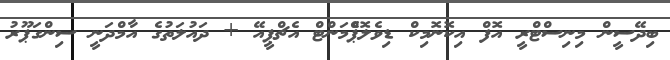
ބިދޭސީން މިނިސްޓްރީ އޮފް އިކޮނޮމިކް ޑިވެލޮޕްެމަންޓް އެޗްޕީއޭ + ދައުލަތުގެ އާމްދަނީ ސިންގަޕޫރު